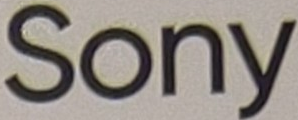
Sony